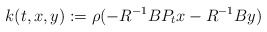
\begin{align*}k(t,x,y):=\rho(-R^{-1}BP_tx-R^{-1}By)\quad\end{align*}